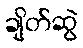
ချိတ်ဆွဲ